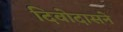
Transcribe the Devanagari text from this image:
दिवोदासने